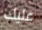
عليك